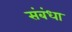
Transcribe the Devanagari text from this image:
संबंधा